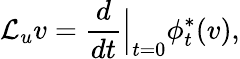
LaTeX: \mathcal{L}_{u}v=\frac{d}{dt}\Big|_{t=0}\phi_{t}^{*}(v),